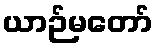
ယာဉ်မတော်